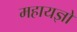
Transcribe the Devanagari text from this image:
महायज्ञो